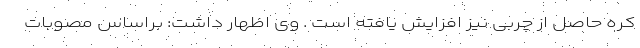
کره حاصل از چربی نیز افزایش یافته است . وی اظهار داشت: براساس مصوبات